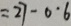
= 2 7 - 0 \cdot 6